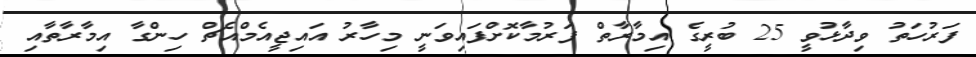
ފަރުހަތު ވިދާޅުވީ 25 ބުރީގެ އިމާރާތް ފަރުމާކޮށްފައިވަނީ މިހާރު އައިޖީއެމްއެޗް ހިންގާ އިމާރާތާއި